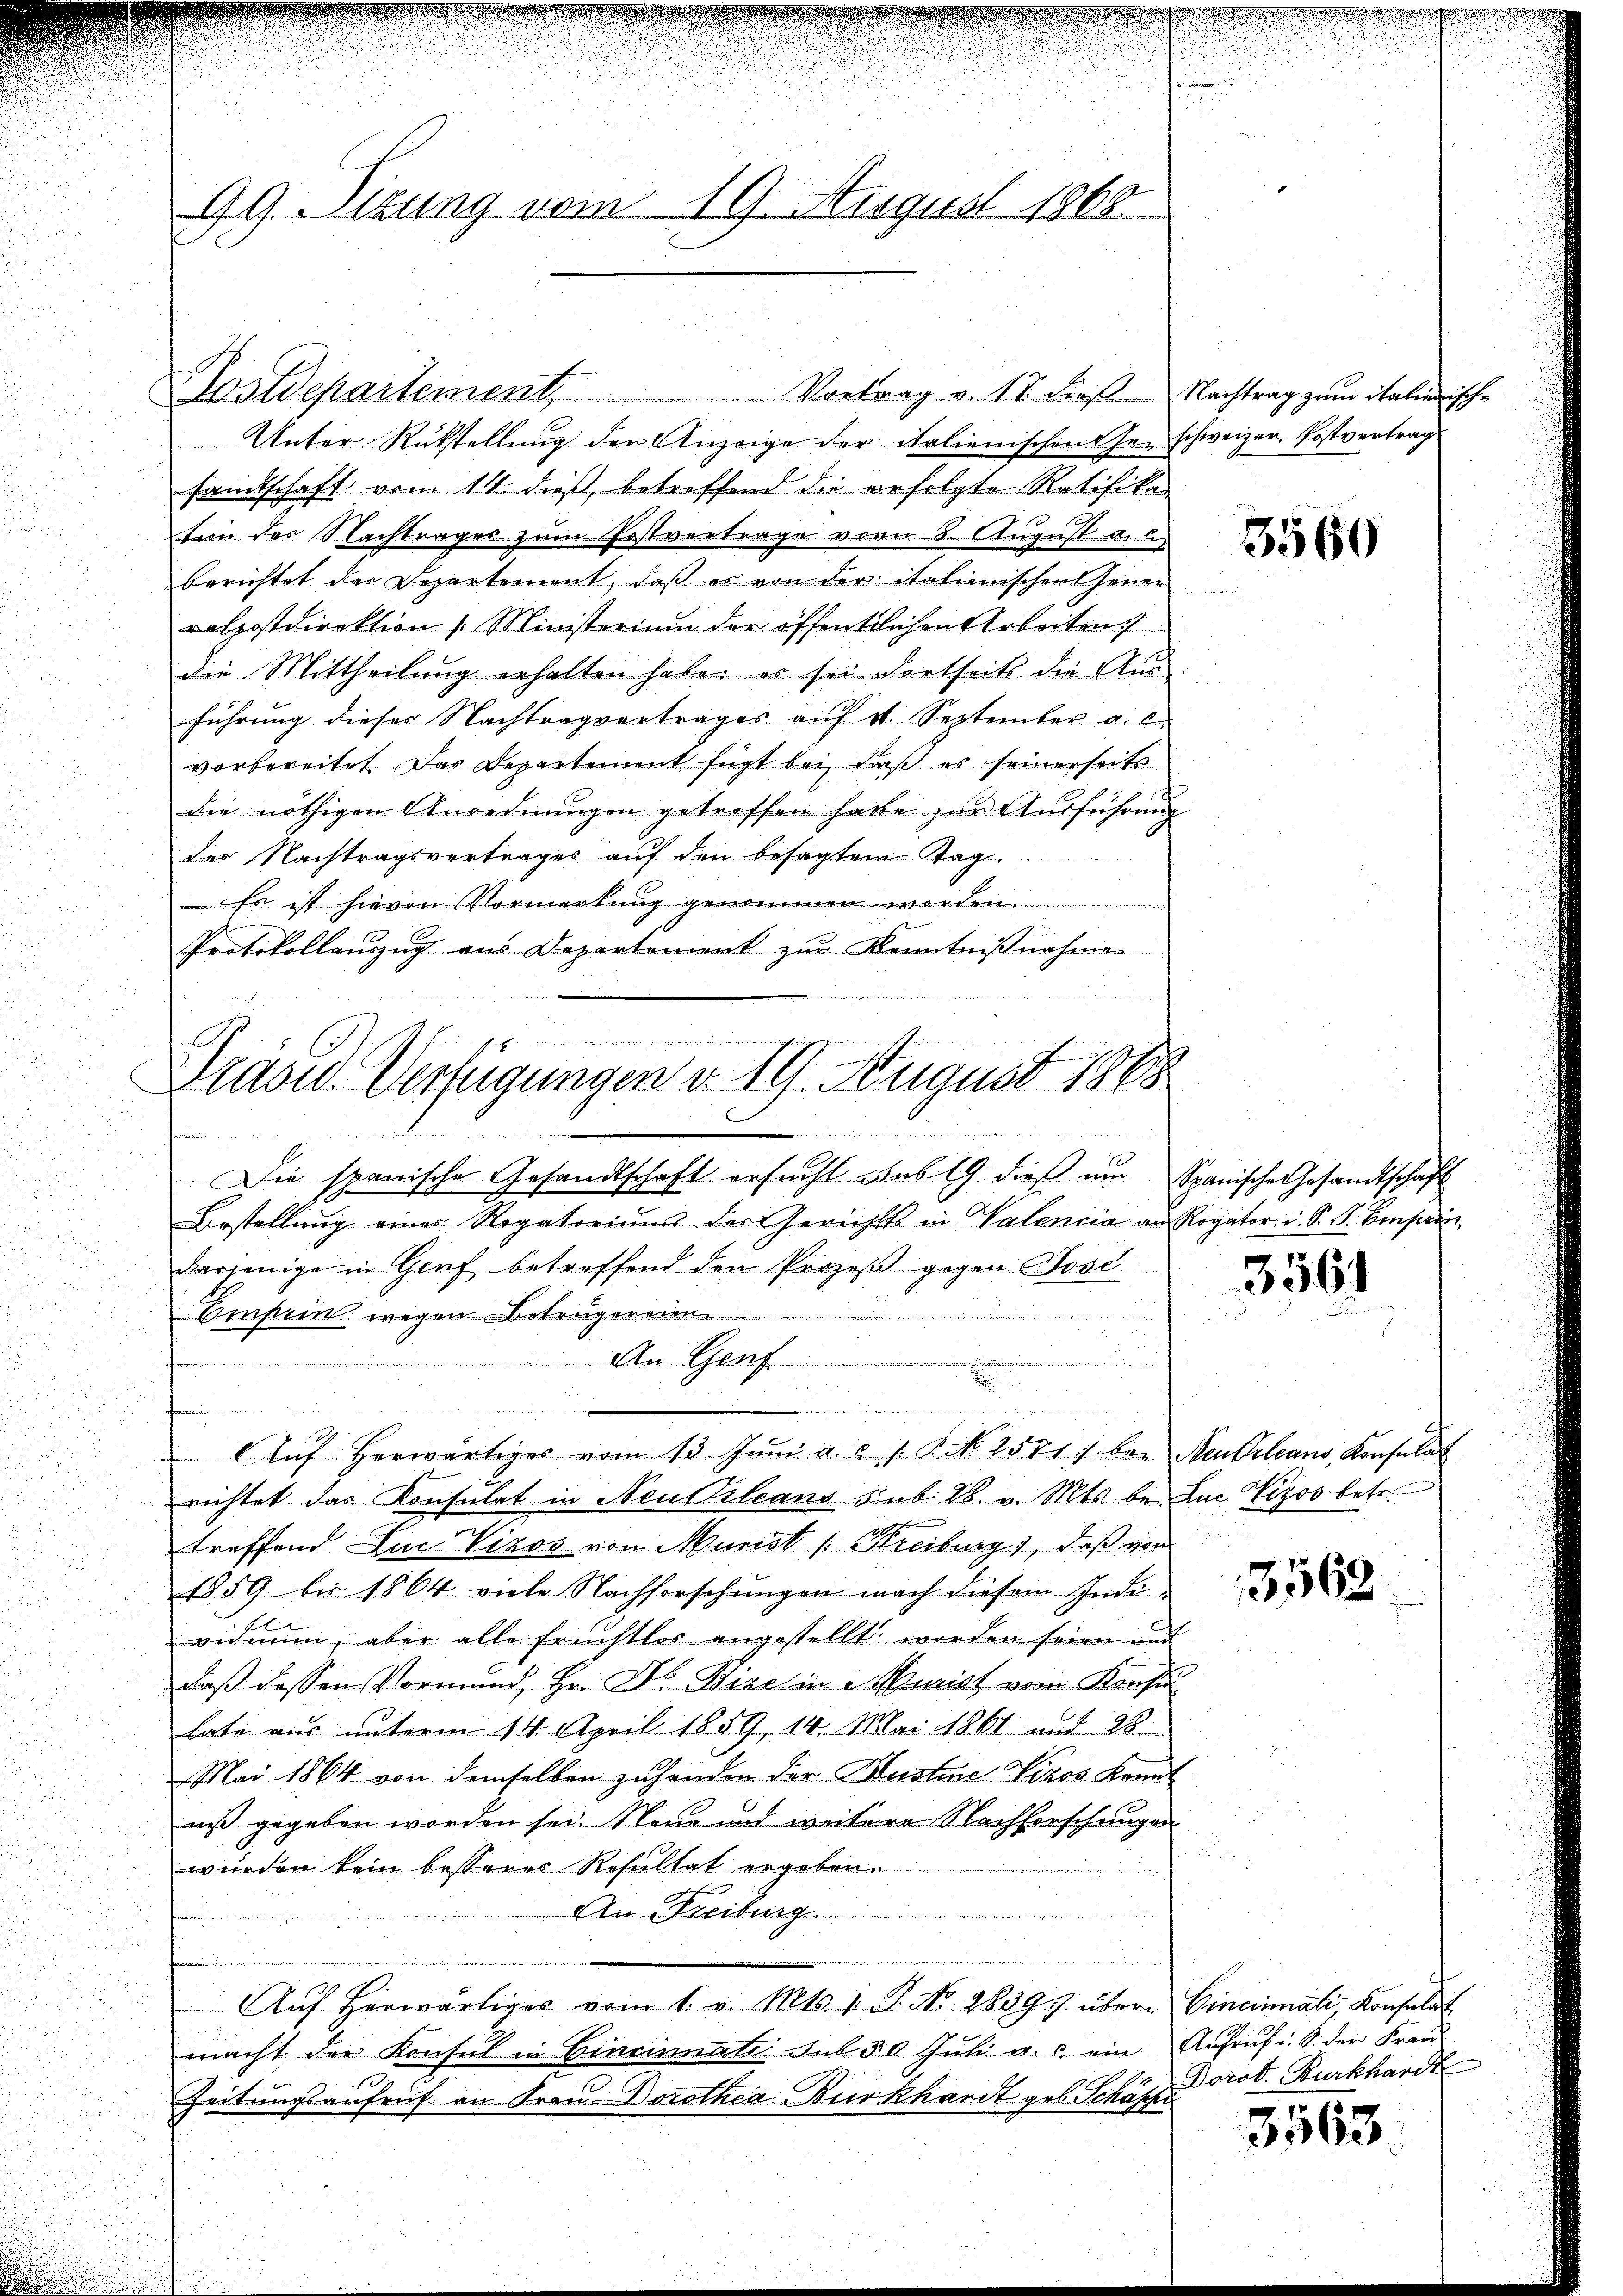
99. Sitzung vom 19. August 1868

ostdepartement,

Drase Verfügungen v. 19. August 1888

Die spanische Gesandtschaft ersucht sub 19. dieß um Spanische Gesandtschaft
Bestellung eines Rogatoriums der Gerichts in Valencia an Rogator u. S. S. Einprin
derjenige in Genf betreffend den Prozeß gegen Jose

Omsein wegen Betrugereien.
An Genf.

" Aŭf herwärtiges vom 13. Juni a. a. 1. P. Nr. 2581. bei Neutrleans, Konsulat
richtet das Konsulat in Neuvileans sub 28. v. Mts. bei Luc Vizos betr.
treffend Luc Vizos von Murist Kreiburg), daß von
1859 bis 1864 viele Nachforschungen nach diesem Indi-
vidium, aber alle Fruchtlos angestellt worden seien und
daß dessen Vormund, Hr. Dr. Bire in Murist vom Konsen
late aus unterm 14. April 1859, 14. Mai 1861 und 28.
Mai 1864 von demselben zuhanden der Hustene Vikos Kennt
niß gegeben worden sei. Neue und weitere Nachforschungen
i
wurden kein besseres Resultat ergeben.
An Freiburg
Aŭf herwärtiges vom 1. v. Mts. 1. P. No. 1839.) übern Cincinali, Konsulat
macht der Konsul in Cincinnati sub 30. Jŭli a. c. ein Aŭfrŭf i. S. der Fraŭ
Zeitungsaufruf an Frau Dorothea Burkhardt geb. Schäpp. prot. Burkhardt

Vortrag v. II. Prof. Nachtrag zum italienische

inung der un

r wäre dann dass i

.

Unter Rükstellung der Anzeige der italienischen her schweizer, Postvertrag
samtschaft vom 14. dieß, betreffend die erfolgte Ratifikaten der Nachtrages zum Postvertrage vom 8. August a. u.
berichtet das Departement, daß es von der italienischen Jenen
ralpostdirektion Ministerium der öffentlichen Arbeiten
die Mittheilung erhalten habe, es sei dortseits die An-
führung dieser Nachtragvertrages auf v. September a. l
vorbereitet. Das Departement fügt bei, daß es seinerseits
die nöthigen Unordnungen getroffen hatte zur Ausführung
des Nachtragsvertrages auf den besagtem Tag.
 Es ist hievon Vormerkung genommen worden
Protokollauszug aus Departement zur Kenntnißnahme
e

000

.

3560

3561

u

3568

3563